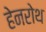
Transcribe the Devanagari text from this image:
हेनरोथ